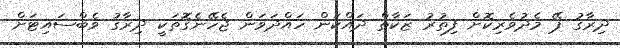
ދިރާގު ޕޭ މެދުވެރިކޮށް ފިތުރު ޒަކާތް ދައްކަން ހައްދަވަން ޖެހޭނެގޮތަކީ ދިރާގު ވެބްސައިޓަށް